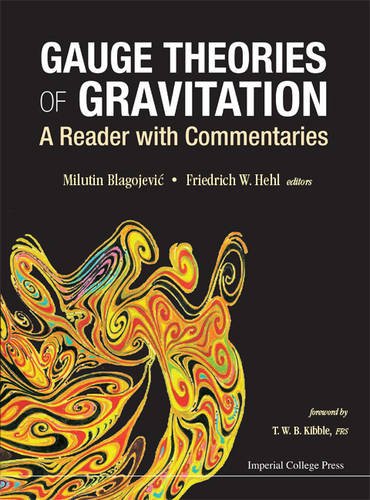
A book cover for Gauge Theories of Gravitation : A Reader with Commentaries (Classification of Gauge Theories of Gravity); Milutin Blagojevic; Science & Math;